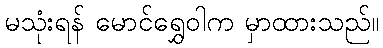
မသုံးရန် မောင်ရွှေဝါက မှာထားသည်။